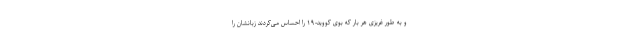
و به طور غریزی هر بار که بوی کووید-۱۹ را احساس می‌کردند زبانشان را